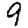
Digit: 9